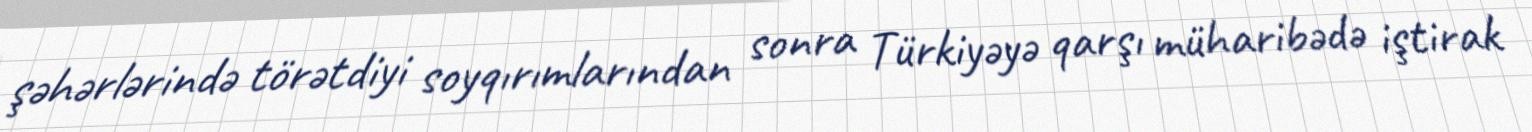
şəhərlərində törətdiyi soyqırımlarından sonra Türkiyəyə qarşı müharibədə iştirak